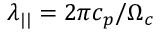
\lambda _ { | | } = 2 \pi c _ { p } / \Omega _ { c }